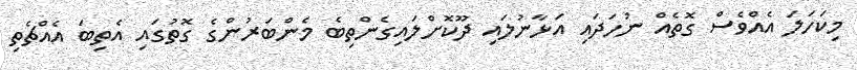
މިކަހަލަ އެއްވެސް ގޮތެއް ނުހަދައި އަޅާނުލައި ދޫކޮށްލައިގެންތިބެ މެންބަރުންގެ ގޮތުގައި އެތިބަ އެއްޗެތި